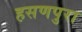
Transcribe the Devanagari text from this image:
हसणपुरा